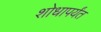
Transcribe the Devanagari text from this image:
शोधापर्यंत